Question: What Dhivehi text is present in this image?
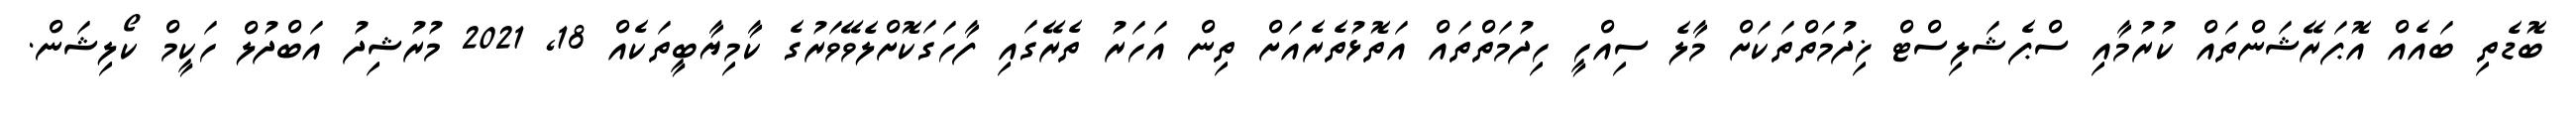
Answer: ބޮޑެތި ބައެއް އޮޕަރޭޝަންތައް ކުރުމާއި ސްޕެޝަލިސްޓް ޚިދުމަތްތަކަށް މާލެ ސިއްހީ ހިދުމަތްތައް އަތޮޅުތެރެއަށް ތިން އަހަރު ތެރޭގައި ފާހަގަކޮށްލެވޭވަރުގެ ކާމިޔާބީތަކެއް 18, 2021 މުރުޝިދު އަބްދުލް ހަކީމް ކޯލިޝަން.